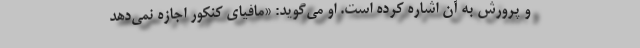
و پرورش به آن اشاره کرده است. او می‌گوید: «مافیای کنکور اجازه نمی‌دهد